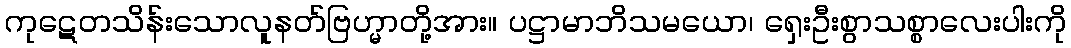
ကုဋေတသိန်းသောလူနတ်ဗြဟ္မာတို့အား။ ပဋ္ဌာမာဘိသမယော၊ ရှေးဦးစွာသစ္စာလေးပါးကို